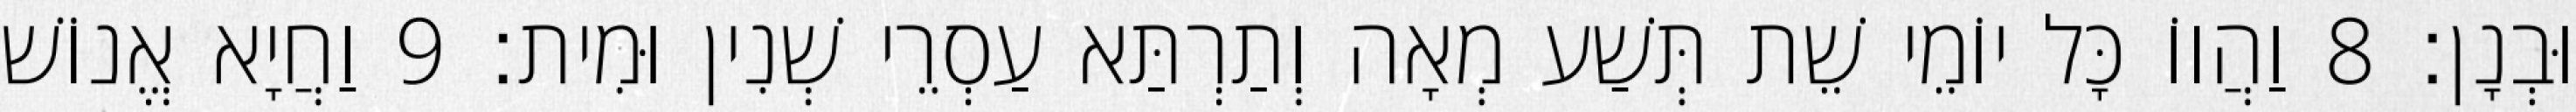
וּבְנָן׃ 8 וַהֲווֹ כָּל יוֹמֵי שֵׁת תְּשַׁע מְאָה וְתַרְתַּא עַסְרֵי שְׁנִין וּמִית׃ 9 וַחֲיָא אֱנוֹשׁ